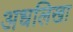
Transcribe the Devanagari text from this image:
अधलिखा